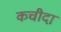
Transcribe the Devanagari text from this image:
कचीदा